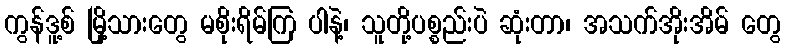
ကွန်ဒူ့စ် မြို့သားတွေ မစိုးရိမ်ကြ ပါနဲ့၊ သူတို့ပစ္စည်းပဲ ဆုံးတာ၊ အသက်အိုးအိမ် တွေ